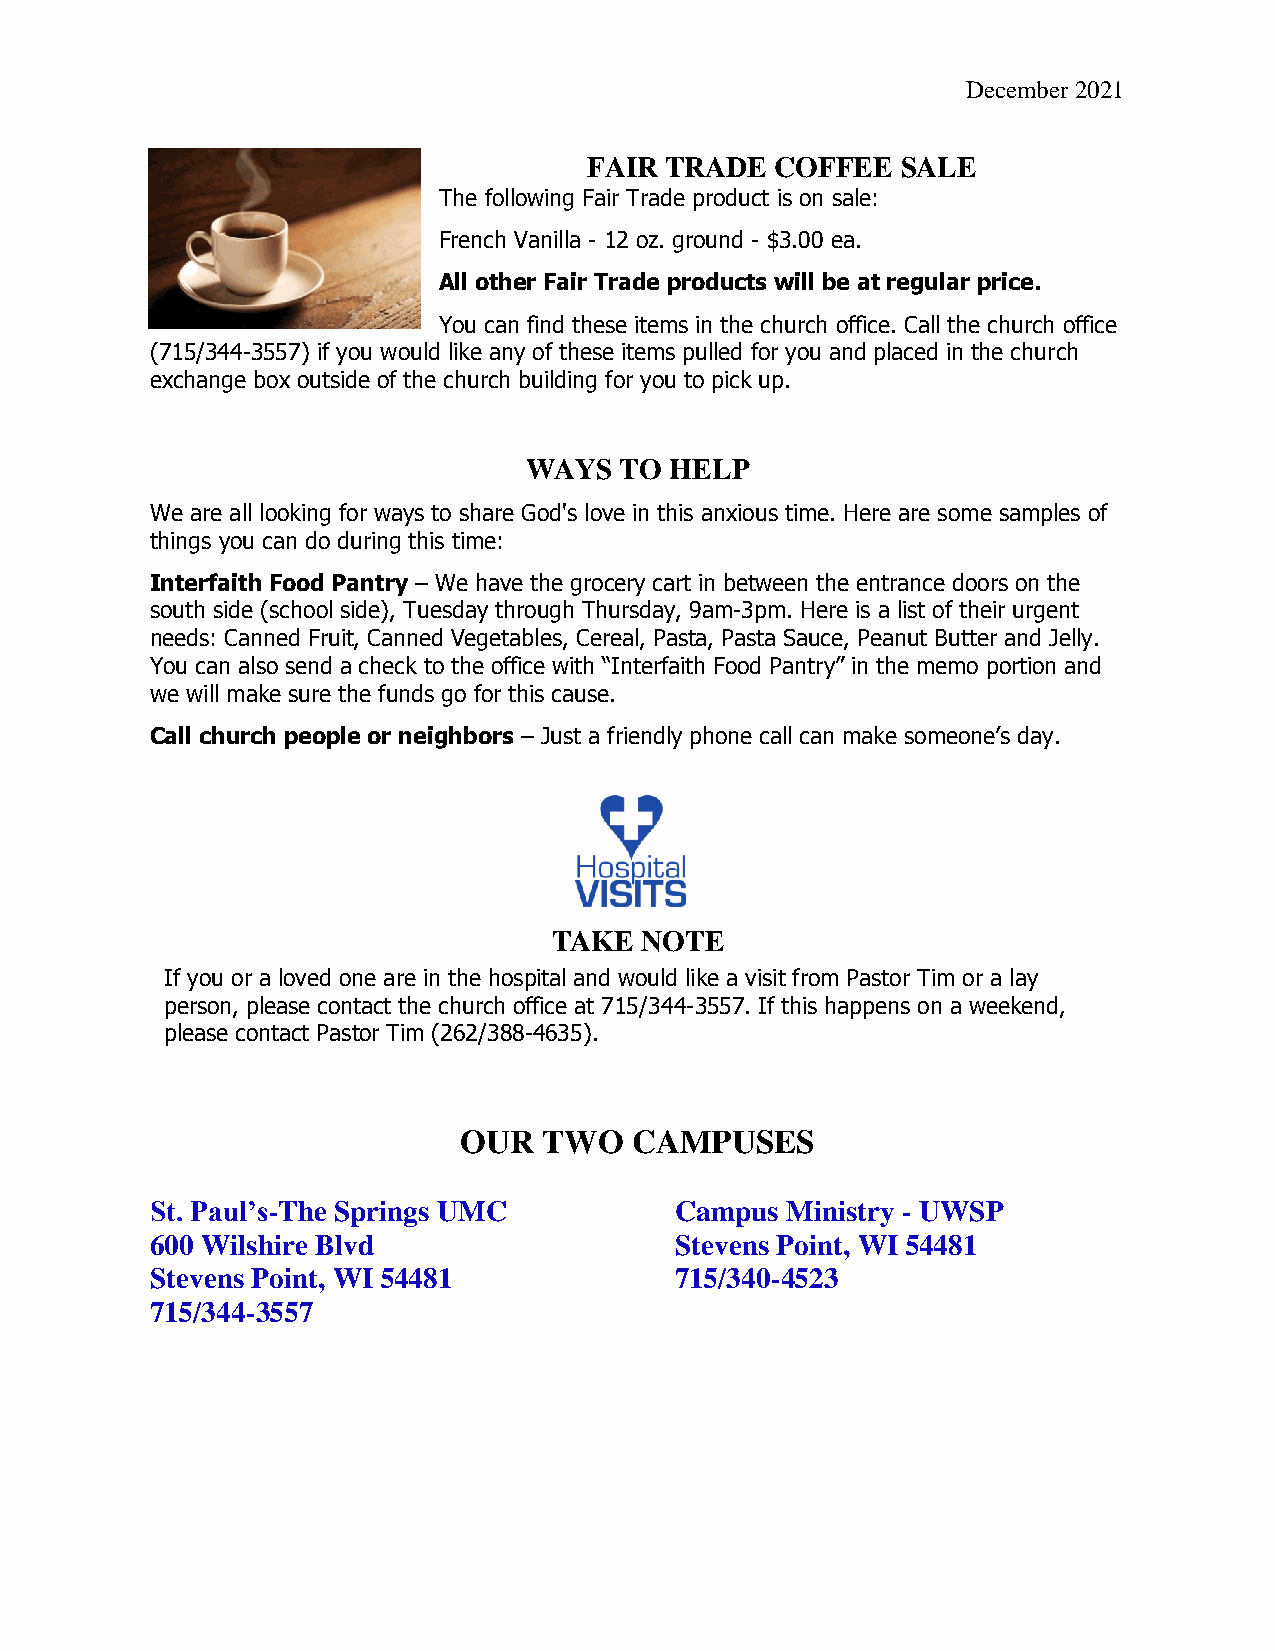
December 2021
 FAIR TRADE  COFFEE   SALE
 The following Fair Trade product is on sale:
 French Vanilla - 12 oz. ground - $3.00 ea.
 All other Fair Trade products will be at regular price.
 You can find these items in the church office. Call the church office
 (715/344-3557) if you would like any of these items pulled for you and placed in the church
 exchange box outside of the church building for you to pick up.
 WAYS  TO HELP
 We are all looking for ways to share God's love in this anxious time. Here are some samples of
 things you can do during this time:
 Interfaith Food Pantry – We have the grocery cart in between the entrance doors on the
 south side (school side), Tuesday through Thursday, 9am-3pm. Here is a list of their urgent
 needs: Canned Fruit, Canned Vegetables, Cereal, Pasta, Pasta Sauce, Peanut Butter and Jelly.
 You can also send a check to the office with “Interfaith Food Pantry” in the memo portion and
 we will make sure the funds go for this cause.
 Call church people or neighbors – Just a friendly phone call can make someone’s day.
 TAKE NOTE
 If you or a loved one are in the hospital and would like a visit from Pastor Tim or a lay
 person, please contact the church office at 715/344-3557. If this happens on a weekend,
 please contact Pastor Tim (262/388-4635).
 OUR   TWO   CAMPUSES
 St. Paul’s-The Springs UMC         Campus Ministry - UWSP
 600 Wilshire Blvd                  Stevens Point, WI 54481
 Stevens Point, WI 54481            715/340-4523
 715/344-3557